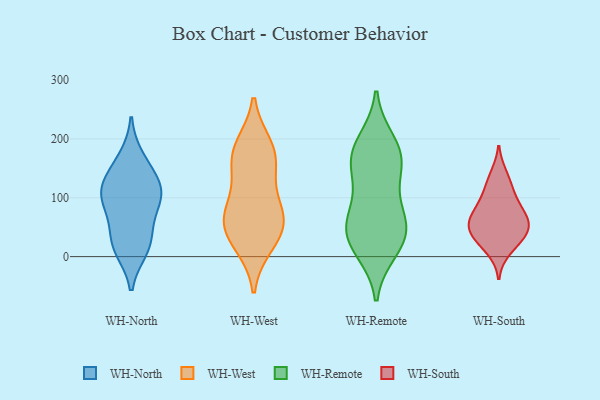
{"axis": {"x": "Backlog", "y": "Value"}, "legend": ["WH-North", "WH-Remote", "WH-South", "WH-West"], "data": [{"x": "", "y": 73, "type": "WH-North"}, {"x": "", "y": 26, "type": "WH-North"}, {"x": "", "y": 99, "type": "WH-North"}, {"x": "", "y": 13, "type": "WH-North"}, {"x": "", "y": 112, "type": "WH-North"}, {"x": "", "y": 167, "type": "WH-North"}, {"x": "", "y": 140, "type": "WH-North"}, {"x": "", "y": 24, "type": "WH-North"}, {"x": "", "y": 100, "type": "WH-North"}, {"x": "", "y": 120, "type": "WH-North"}, {"x": "", "y": 176, "type": "WH-West"}, {"x": "", "y": 170, "type": "WH-West"}, {"x": "", "y": 143, "type": "WH-West"}, {"x": "", "y": 22, "type": "WH-West"}, {"x": "", "y": 81, "type": "WH-West"}, {"x": "", "y": 51, "type": "WH-West"}, {"x": "", "y": 186, "type": "WH-West"}, {"x": "", "y": 74, "type": "WH-West"}, {"x": "", "y": 69, "type": "WH-West"}, {"x": "", "y": 35, "type": "WH-West"}, {"x": "", "y": 155, "type": "WH-Remote"}, {"x": "", "y": 97, "type": "WH-Remote"}, {"x": "", "y": 177, "type": "WH-Remote"}, {"x": "", "y": 170, "type": "WH-Remote"}, {"x": "", "y": 59, "type": "WH-Remote"}, {"x": "", "y": 153, "type": "WH-Remote"}, {"x": "", "y": 59, "type": "WH-Remote"}, {"x": "", "y": 12, "type": "WH-Remote"}, {"x": "", "y": 50, "type": "WH-Remote"}, {"x": "", "y": 29, "type": "WH-Remote"}, {"x": "", "y": 194, "type": "WH-Remote"}, {"x": "", "y": 27, "type": "WH-Remote"}, {"x": "", "y": 11, "type": "WH-South"}, {"x": "", "y": 64, "type": "WH-South"}, {"x": "", "y": 40, "type": "WH-South"}, {"x": "", "y": 53, "type": "WH-South"}, {"x": "", "y": 60, "type": "WH-South"}, {"x": "", "y": 32, "type": "WH-South"}, {"x": "", "y": 88, "type": "WH-South"}, {"x": "", "y": 139, "type": "WH-South"}, {"x": "", "y": 66, "type": "WH-South"}, {"x": "", "y": 97, "type": "WH-South"}, {"x": "", "y": 33, "type": "WH-South"}, {"x": "", "y": 120, "type": "WH-South"}]}